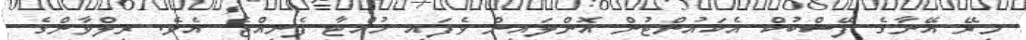
މިރޭ އޭނާގެ ފޭސްބުކް އެކައުންޓުން އޮންލައިން ވެފައި ހުއްޓާ ފެނިއްޖެ އެވެ. ރިލްވާންގެ